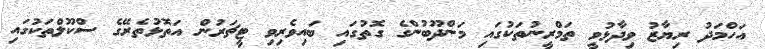
އަހްމަދު ރިޔާޒު ވިދާޅުވީ ތަމްރީނުތަކުގައި މަންދޫބުންގެ ގޮތުގައި ބައިވެރިވި ޓީޗަރުން އަތޮޅުތެރޭގެ ސްކޫލްތަކުގައި